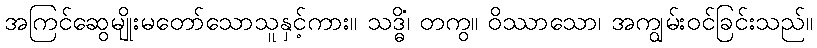
အကြင်ဆွေမျိုးမတော်သောသူနှင့်ကား။ သဒ္ဓိံ၊ တကွ။ ဝိဿာသော၊ အကျွမ်းဝင်ခြင်းသည်။